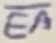
Text: EA